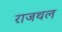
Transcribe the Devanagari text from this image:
राजथल